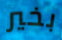
بخير